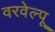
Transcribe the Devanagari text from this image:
वरवेल्पू